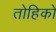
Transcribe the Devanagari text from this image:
तोहिको